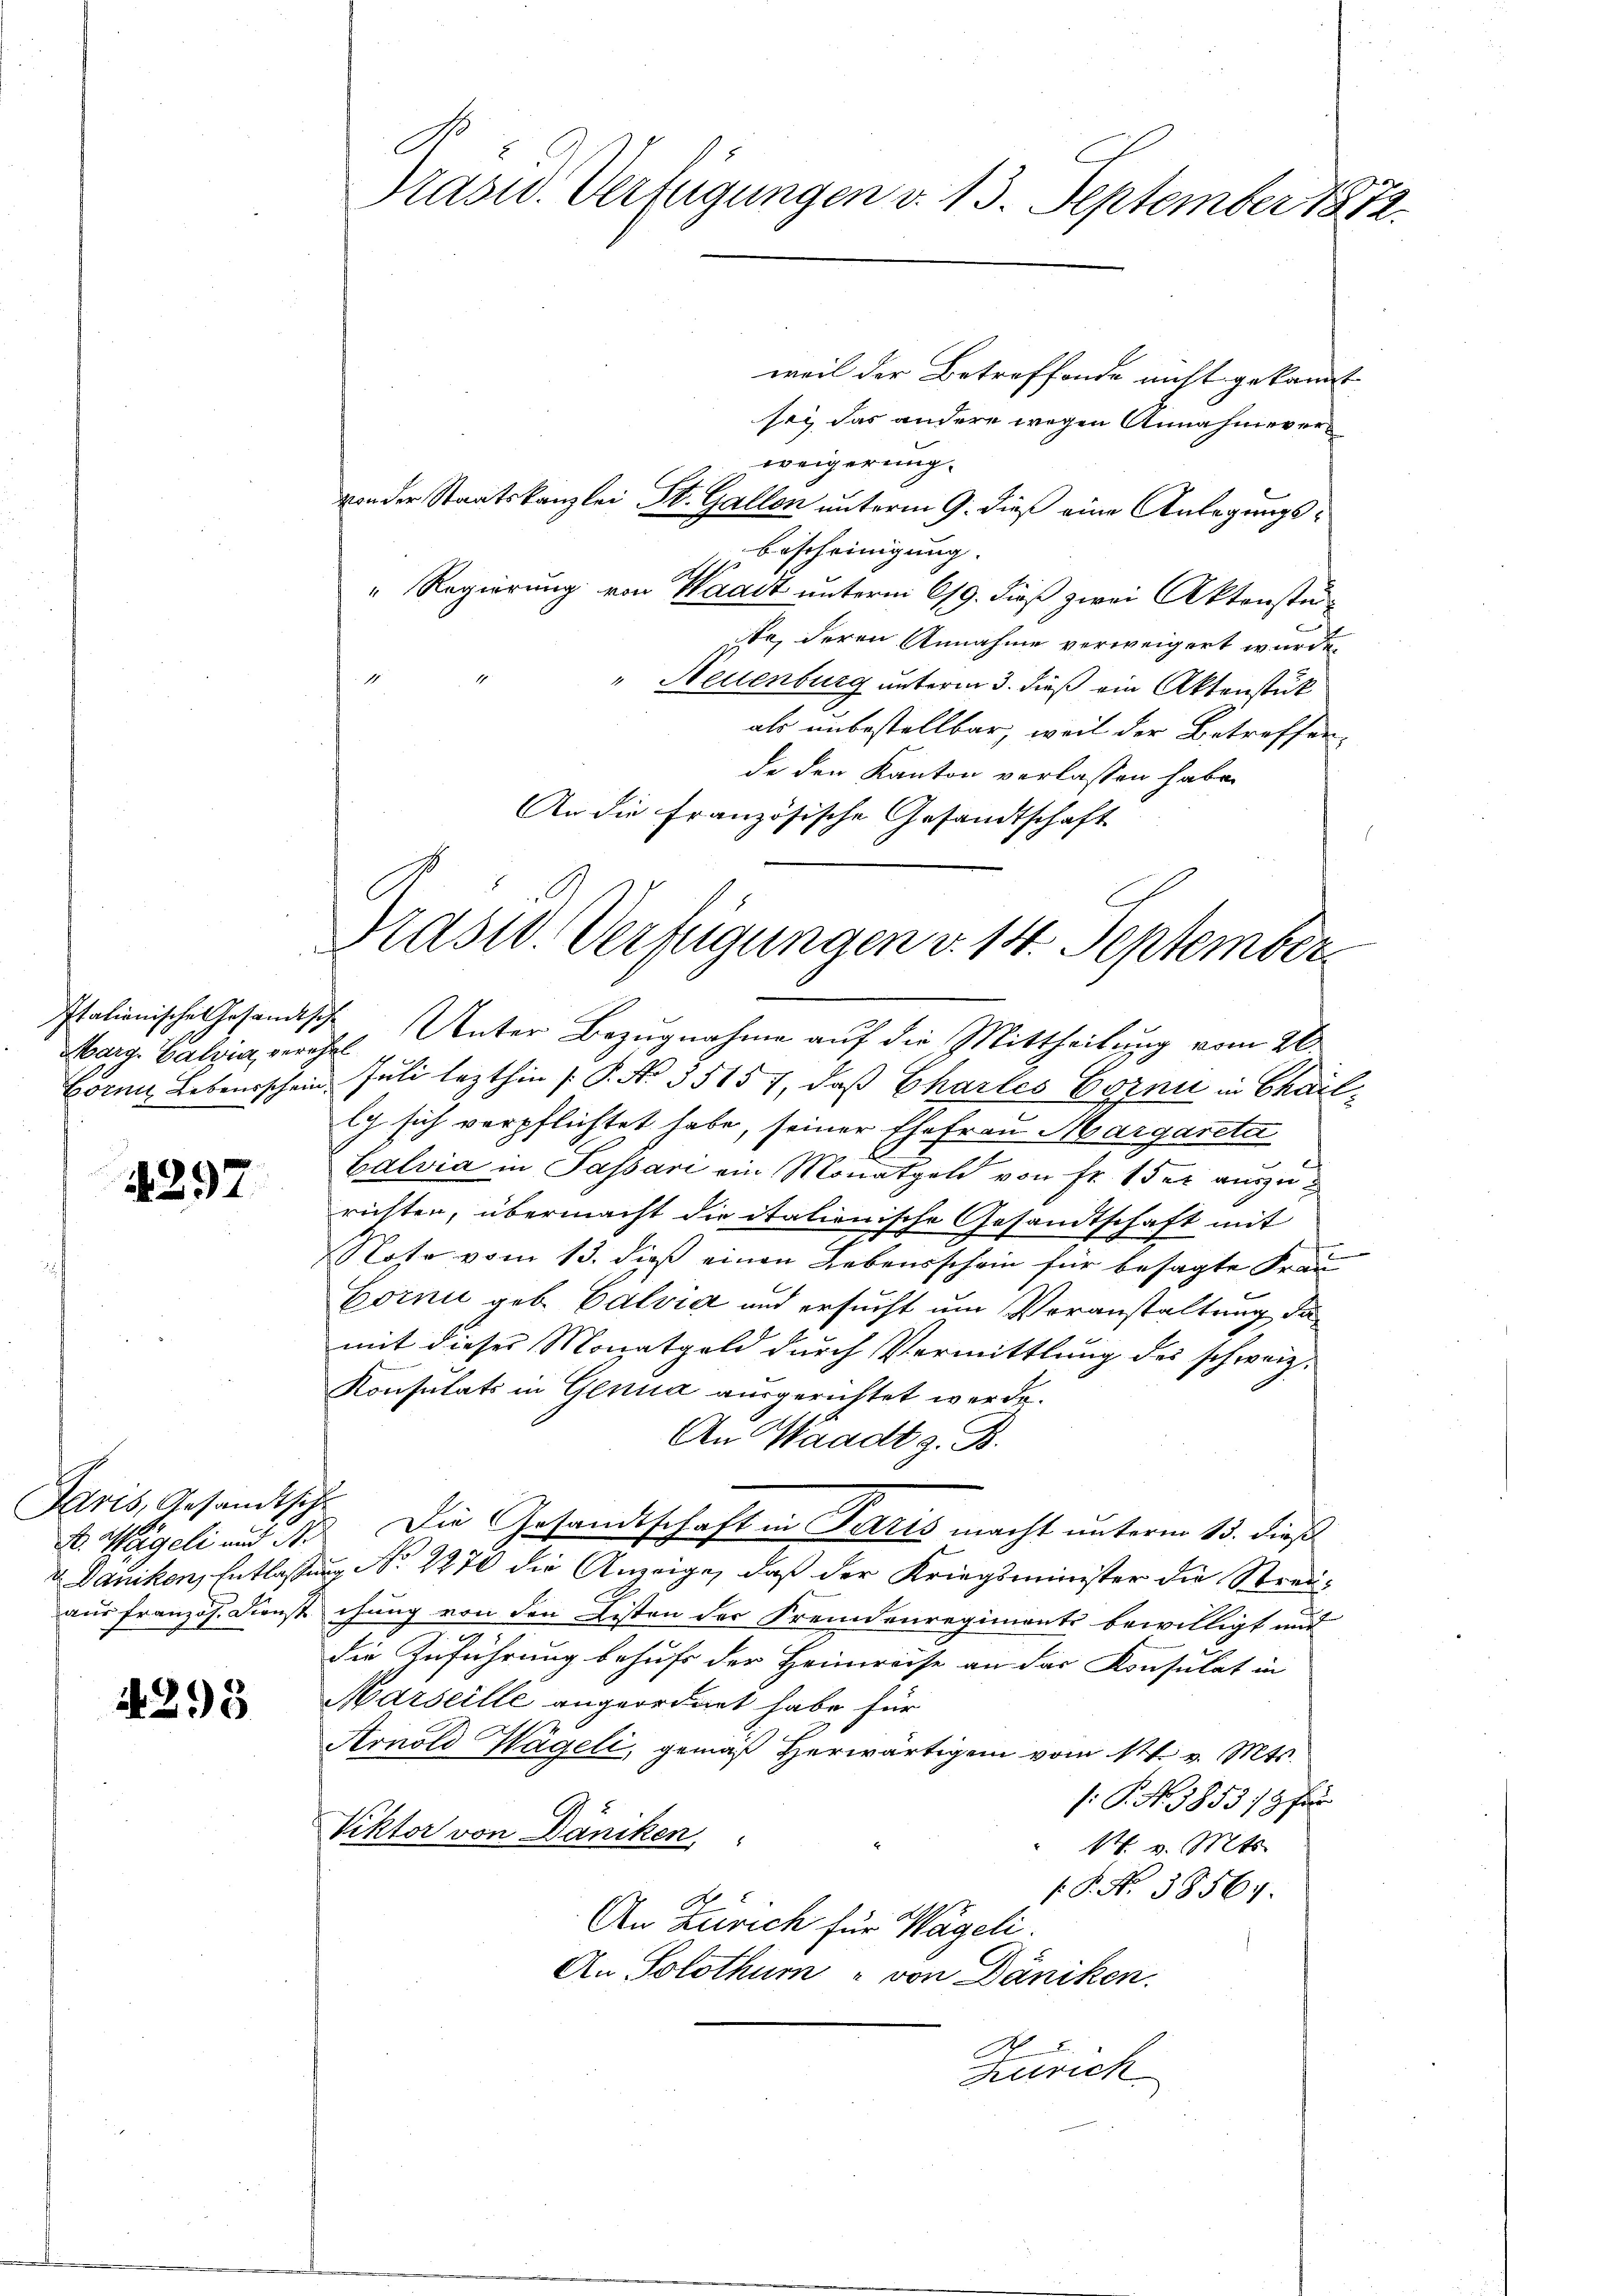
Italienisches Gesandtsch
Marg. Galia, vereh
Form Lebensschein

1297

Jaris, Gesandtsche
A. Weigeli und M.
 Daniken, Entlassen
aus Französ. Konst

4298

x

C
Präsid. Verfügungen v. 13. September 1872.

Prasse Verfügungen v. 14. September

weil der Betreffende nicht gekannt
sei das andere wegen Annahmeverweigerung.
von der Staatskanzlei St. Gallen unterm 9. dieß eine Anlegungsbescheinigung.
" Regierung von Waadt unterm 619. dieß zwei Aktenstüite, deren Annahme verweigert wurde.
1
" Neuenburg unterm 3. dieß ein Aktenstük
als unbestellbar, weil der Betreffen
de den Kanton verlassen habe.
An die Französische Gesandtschaft
Unter Bezugnahme auf die Mittheilung vom 26.
f
Juli lezthin (P. No 35157, daß Charles Bozen in Chail
ly sich verpflichtet habe, seiner Ehefrau Margaretar
Calvia in Passari ein Monaten von Fr. 1 der auszurichten, übermacht die italienische Gesandtschaft mit
.
Noto vom 13. dieß einen Lebensschein für besagte Frau
Corni geb. Calvia und ersucht um Voranstaltung da
mit dieser Monatgeld durch Vermittlung des schweiz.
Konsulats in Genua ausgerichtet werde.
An Waadt z. B.
 Die Gesandtschaft in Paris macht unterm 15. dieß
u No 2270 die Anzeige, daß der Kriegsminister die Streichung von den Listen der Fremdenregiments bewilligt mit
die Zuführung behufs der Heimreise an das Konsulat in
Marseille angeordnet habe für
Arnold Hageli, gemäß Herwärtigen vom 14. v. Mts.
G. No. 185519 für
Viktor von Däniken,
k. v. Mts.
P. Nr. 38561.
An Zürich für Wägeli.
An Solothum von Däniken.
Zürich